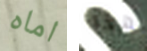
اماه بهذا